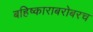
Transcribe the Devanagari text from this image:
बहिष्काराबरोबरच